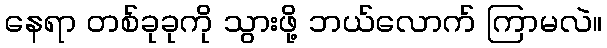
နေရာ တစ်ခုခုကို သွားဖို့ ဘယ်လောက် ကြာမလဲ။